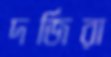
দর্জিরা